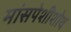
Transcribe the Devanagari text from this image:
मांसपेशीशोथ